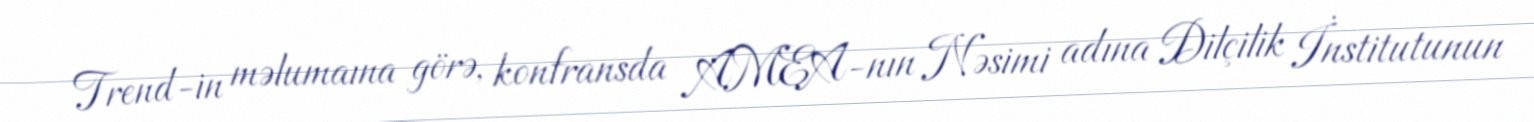
Trend-in məlumaına görə, konfransda AMEA-nın Nəsimi adına Dilçilik İnstitutunun